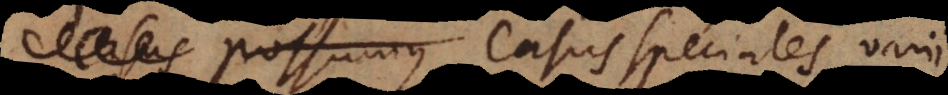
casus possumus. Casus speciales varii